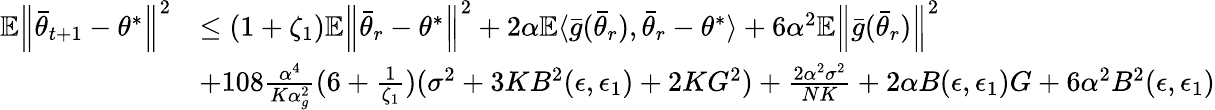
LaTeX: \begin{array}{rl}{\mathbb{E}\Big\lVert\bar{\theta}_{t+1}-\theta^{*}\Big\rVert^{2}}&{\le(1+\zeta_{1})\mathbb{E}\Big\lVert\bar{\theta}_{r}-\theta^{*}\Big\rVert^{2}+2\alpha\mathbb{E}\langle\bar{g}(\bar{\theta}_{r}),\bar{\theta}_{r}-\theta^{*}\rangle+6\alpha^{2}\mathbb{E}\Big\lVert\bar{g}(\bar{\theta}_{r})\Big\rVert^{2}}\\ &{+108\frac{\alpha^{4}}{K\alpha_{g}^{2}}(6+\frac{1}{\zeta_{1}})(\sigma^{2}+3KB^{2}(\epsilon,\epsilon_{1})+2KG^{2})+\frac{2\alpha^{2}\sigma^{2}}{NK}+2\alpha B(\epsilon,\epsilon_{1})G+6\alpha^{2}B^{2}(\epsilon,\epsilon_{1})}\end{array}